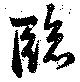
臨